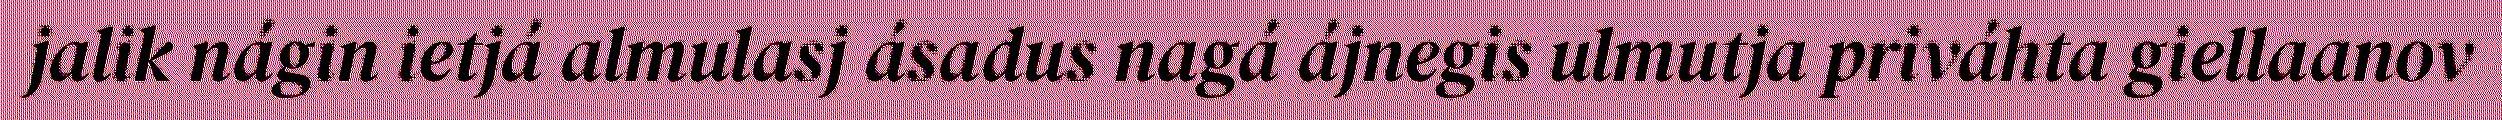
jalik nágin ietjá almulasj ásadus nagá ájnegis ulmutja priváhta giellaanov